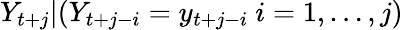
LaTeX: Y_{t+j}|(Y_{t+j-i}=y_{t+j-i}\ i=1,\dots,j)